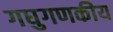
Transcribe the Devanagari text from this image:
गघुगणकीय